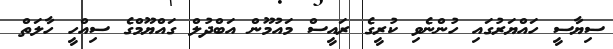
ސިޔާސީ ހައްޔަރުގައި ހުންނެވި ކުރީގެ ރައީސް މައުމޫން އަބްދުލް ގައްޔޫމްގެ ސިއްހީ ހާލަތް